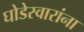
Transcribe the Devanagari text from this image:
घोडेस्वारांना